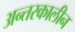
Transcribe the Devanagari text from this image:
अन्तरकालीन